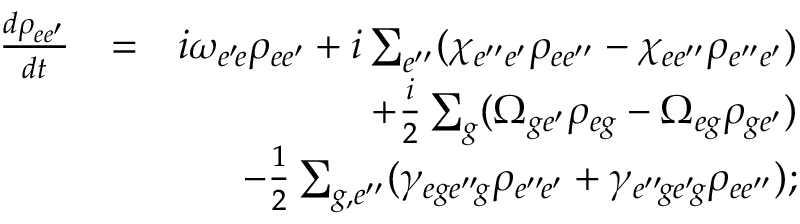
\begin{array} { r l r } { \frac { d \rho _ { e e ^ { \prime } } } { d t } } & { = } & { i \omega _ { e ^ { \prime } \! e } \rho _ { e e ^ { \prime } } + i \sum _ { e ^ { \prime \prime } } ( \chi _ { e ^ { \prime \prime } e ^ { \prime } } \rho _ { e e ^ { \prime \prime } } - \chi _ { e e ^ { \prime \prime } } \rho _ { e ^ { \prime \prime } e ^ { \prime } } ) } \\ & { } & { + \frac { i } { 2 } \sum _ { g } ( \Omega _ { g e ^ { \prime } } \rho _ { e g } - \Omega _ { e g } \rho _ { g e ^ { \prime } } ) } \\ & { } & { - \frac { 1 } { 2 } \sum _ { g , e ^ { \prime \prime } } ( \gamma _ { e g e ^ { \prime \prime } \! g } \rho _ { e ^ { \prime \prime } \! e ^ { \prime } } + \gamma _ { e ^ { \prime \prime } \! g e ^ { \prime } \! g } \rho _ { e e ^ { \prime \prime } } ) ; } \end{array}